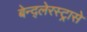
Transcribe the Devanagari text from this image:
बेन्द्लेरस्ट्रासे